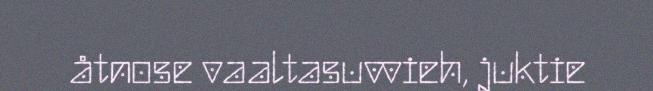
åtnose vaaltasuvvieh, juktie